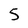
Character: 5